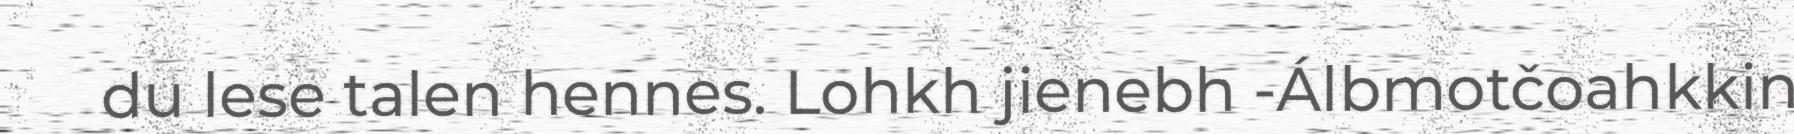
du lese talen hennes. Lohkh jienebh -Álbmotčoahkkin